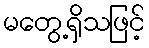
မတွေ့ရှိသဖြင့်